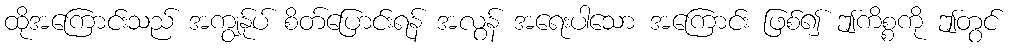
ထိုအကြောင်းသည် အကျွန်ုပ် စိတ်ပြောင်းရန် အလွန် အရေးပါသော အကြောင်း ဖြစ်၍ ဤကိစ္စကို ဤတွင်